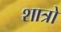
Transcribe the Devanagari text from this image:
शात्रो